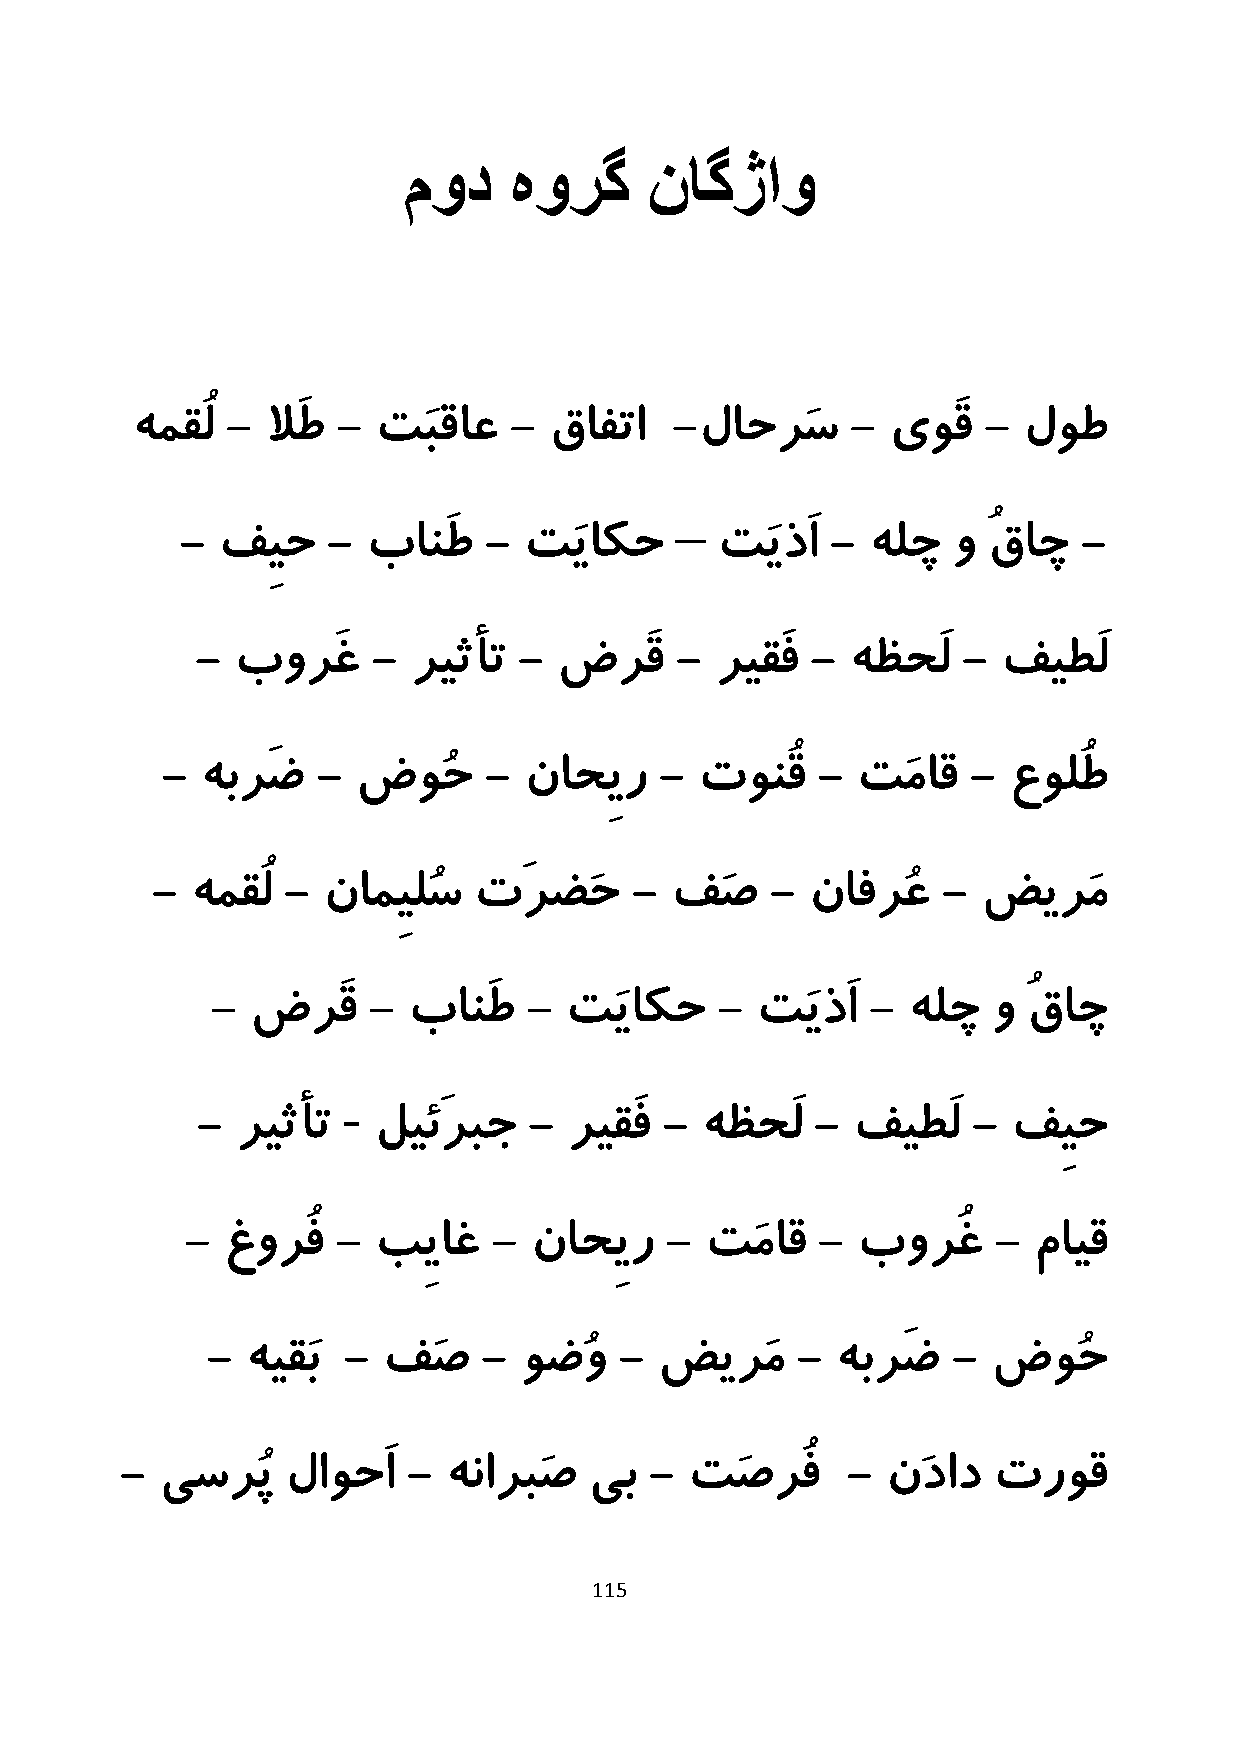
مود    هورگ     ناگژاو
 همقُل -  لاَط - تَبقاع   - قافتا   -لاحرَس     -  یوَق  -  لوط
 –
 - فِیح    - بانَط   -  تَیاکح      تَیذَا  - هلچ   و ُقاچ  -
 - بورَغ     - ریثأت  -  ضرَق    - ریقَف  - هظحَل   - فیطَل
 - هبرَض   -  ضوُح    -  ناحِیر   - تونُق   -  تَماق  -  عولُط
 -  همقُل - نامِیلُس  تَرضَح     - فَص    -  نافرُع  -  ضیرَم
 -  ضرَق   -  بانَط   - تَیاکح    -  تَیذَا -  هلچ   و ُقاچ
 -
 -  ریثأت    لیئَربج   -  ریقَف - هظحَل   - فیطَل   -  فِیح
 -  غورُف  -  بِیاغ  -  ناحِیر   -  تَماق  -  بورُغ    - مایق
 - هیقَب  - فَص    - وضُو   -  ضیرَم    - هبرَض   -  ضوُح
 -  یسرُپ   لاوحَا  - هناربَص   یب  -  تَصرُف    -  نَداد  تروق
 115